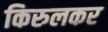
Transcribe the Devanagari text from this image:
किरुलकर